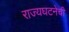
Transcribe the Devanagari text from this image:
राज्यघटनेची